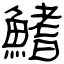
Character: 鰭